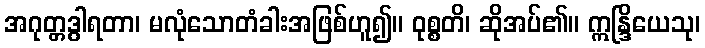
အဂုတ္တဒွါရတာ၊ မလုံသောတံခါးအဖြစ်ဟူ၍။ ဝုစ္စတိ၊ ဆိုအပ်၏။ ဣန္ဒြိယေသု၊